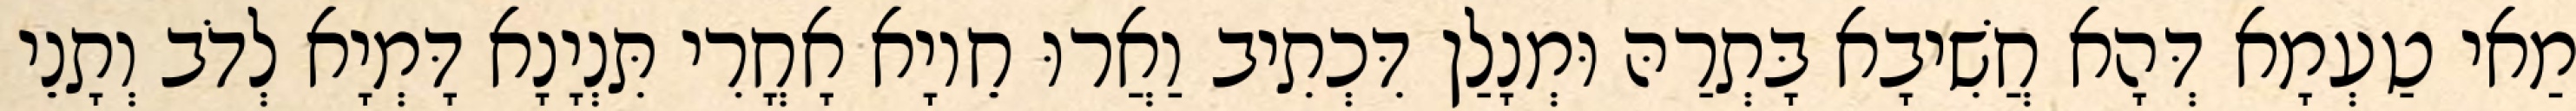
מַאי טַעְמָא דְּהָא חֲשִׁיבָא בָּתְרַהּ וּמְנָלַן דִּכְתִיב וַאֲרוּ חֵיוָא אָחֳרִי תִּנְיָנָא דָּמְיָא לְדֹב וְתָנֵי